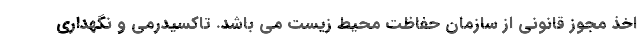
اخذ مجوز قانونی از سازمان حفاظت محیط زیست می باشد. تاکسیدرمی و نگهداری